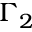
\Gamma _ { 2 }